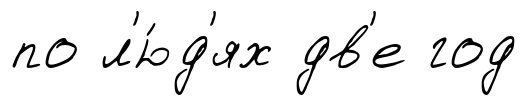
по л'ю́д'ях дв'е год